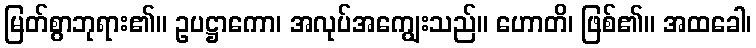
မြတ်စွာဘုရား၏။ ဥပဋ္ဌာကော၊ အလုပ်အကျွေးသည်။ ဟောတိ၊ ဖြစ်၏။ အထခေါ၊